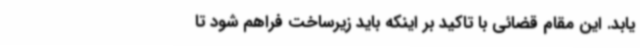
یابد. این مقام قضائی با تاکید بر اینکه باید زیرساخت فراهم شود تا